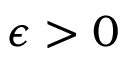
\epsilon > 0